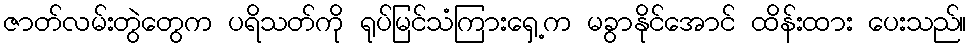
ဇာတ်လမ်းတွဲတွေက ပရိသတ်ကို ရုပ်မြင်သံကြားရှေ့က မခွာနိုင်အောင် ထိန်းထား ပေးသည်။